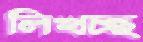
লিখচ্ছ